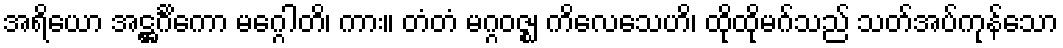
အရိယော အဋ္ဌင်္ဂိကော မဂ္ဂေါတိ၊ ကား။ တံတံ မဂ္ဂဝဇ္ဈ ကိလေသေဟိ၊ ထိုထိုမဂ်သည် သတ်အပ်ကုန်သော